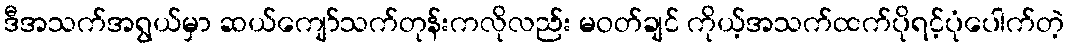
ဒီအသက်အရွယ်မှာ ဆယ်ကျော်သက်တုန်းကလိုလည်း မဝတ်ချင် ကိုယ့်အသက်ထက်ပိုရင့်ပုံပေါက်တဲ့